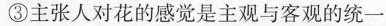
③主张人对花的感觉是主观与客观的统一